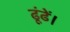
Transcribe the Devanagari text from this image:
ढूंढें।